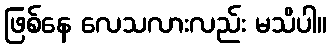
ဖြစ်နေ လေသလားလည်း မသိပါ။